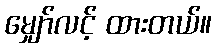
မျှော်လင့် ထားတယ်။